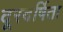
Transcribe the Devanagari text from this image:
दूरदर्षिता